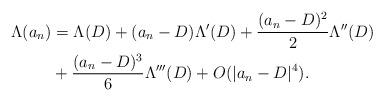
LaTeX: \begin{align*} \Lambda(a_n) &= \Lambda(D) + (a_n - D) \Lambda'(D) + \frac{(a_n - D)^2}{2} \Lambda''(D) \\ &+ \frac{(a_n - D)^3}{6} \Lambda'''(D) + O(|a_n - D|^4). \end{align*}